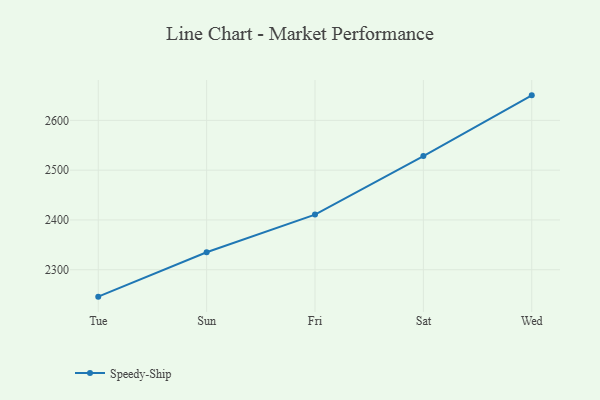
{"axis": {"x": "Day", "y": "Backlog"}, "legend": ["Speedy-Ship"], "data": [{"x": "Tue", "y": 2245.9, "type": "Speedy-Ship"}, {"x": "Sun", "y": 2335.0, "type": "Speedy-Ship"}, {"x": "Fri", "y": 2410.7, "type": "Speedy-Ship"}, {"x": "Sat", "y": 2528.3, "type": "Speedy-Ship"}, {"x": "Wed", "y": 2650.3, "type": "Speedy-Ship"}]}